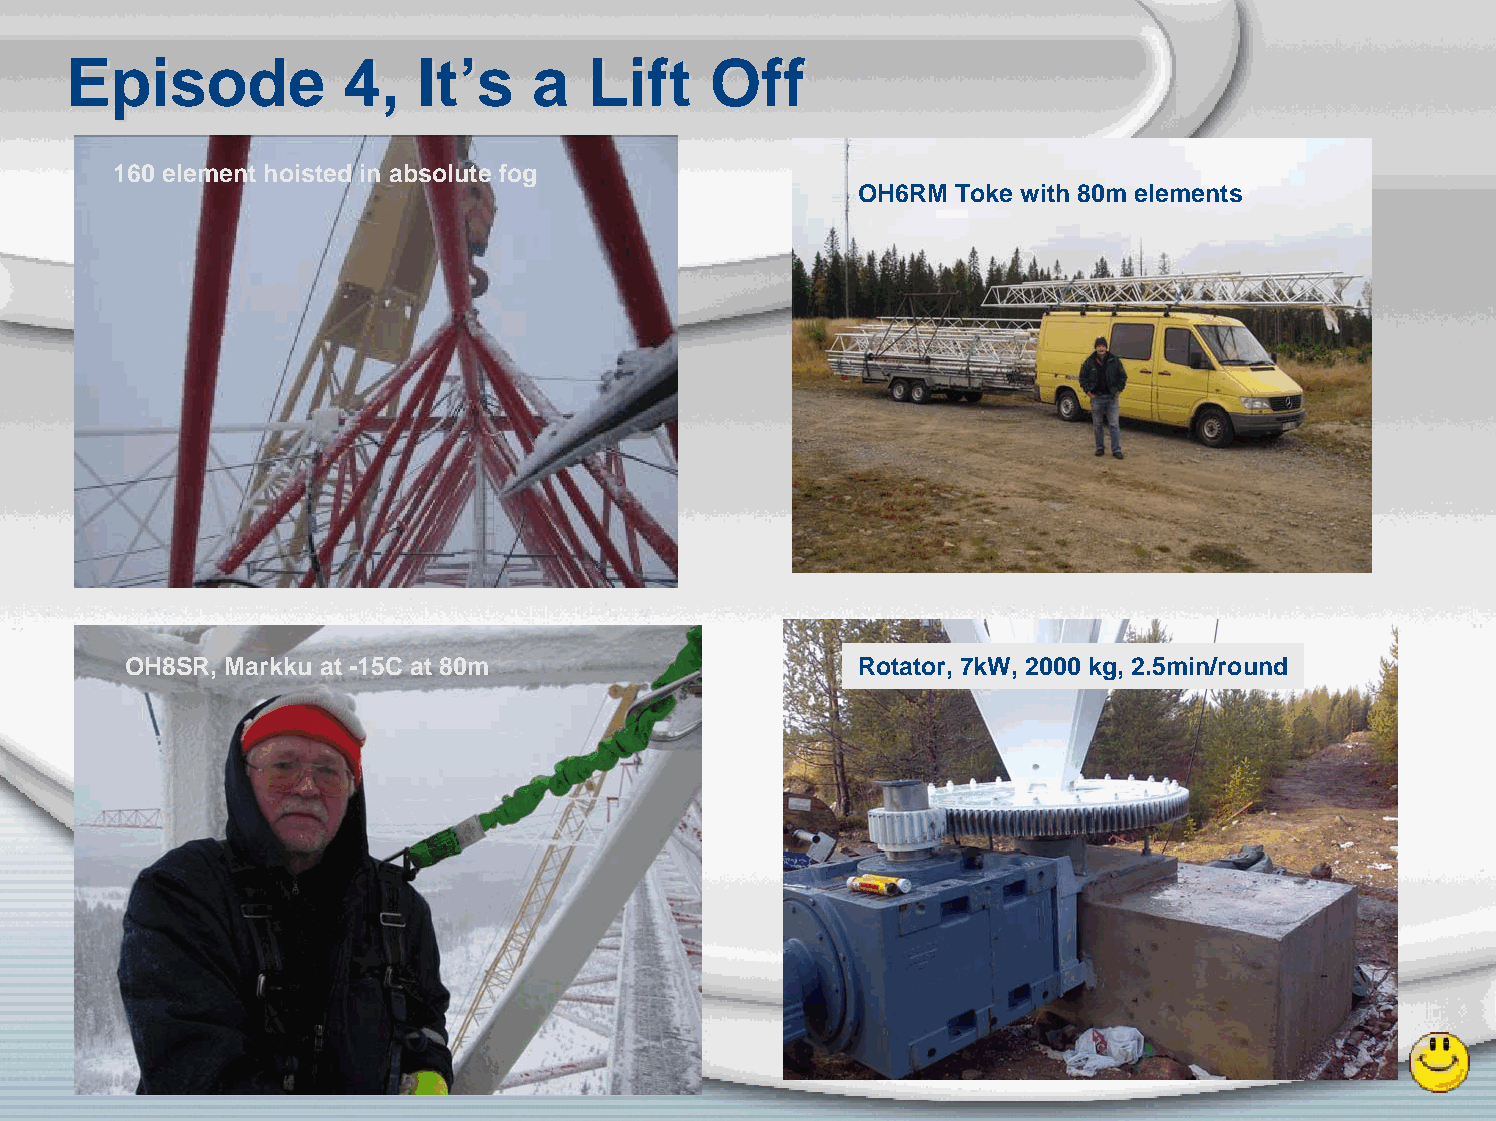
EEppiissooddee     44,, IItt’’ss aa LLiifftt OOffff
 160 element hoisted in absolute fog
 OH6RM Toke with 80m elements
 OH8SR, Markku at -15C at 80m                     Rotator, 7kW, 2000 kg, 2.5min/round